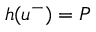
h ( u ^ { - } ) = P